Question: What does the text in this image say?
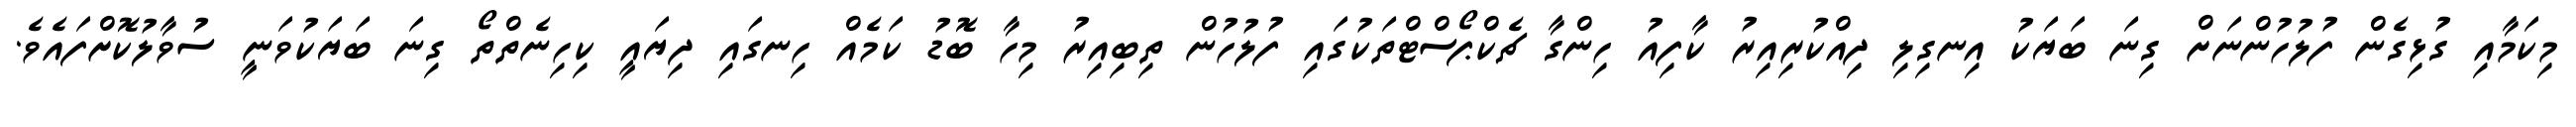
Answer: މިކަމާއި ގުޅިގެން ފުލުހުންނަށް ގިނަ ބަޔަކު އިނގިލި ދިއްކުރިއިރު ކާފިއު ހިންގާ ޗެކްޕޯސްޓްތަކުގައި ފުލުހުން ތިބިއިރު މިހާ ބޮޑު ކަމެއް ހިނގައި ދިޔައީ ކިހިނެތްތޯ ގިނަ ބަޔަކުވަނީ ސުވާލުކޮށްފައެވެ.